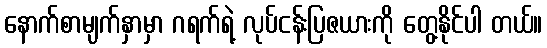
နောက်စာမျက်နှာမှာ ဂရက်ရဲ့ လုပ်ငန်းပြဇယားကို တွေ့နိုင်ပါ တယ်။